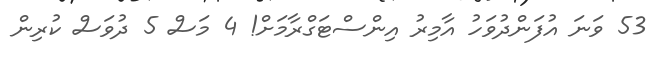
53 ވަނަ އުފަންދުވަހު އާމިރު އިންސްޓަގްރާމަށް! 4 މަސް 5 ދުވަސް ކުރިން